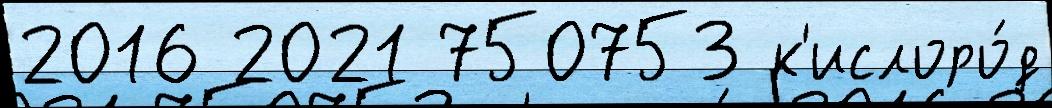
2016 2021 750753 к'ислоро́д